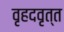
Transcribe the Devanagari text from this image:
वृहदवृत्त